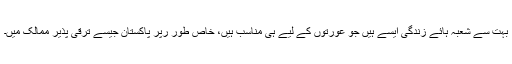
بہت سے شعبہ ہائے زندگی ایسے ہیں جو عورتوں کے لیے ہی مناسب ہیں، خاص طور رپر پاکستان جیسے ترقی پذیر ممالک میں۔